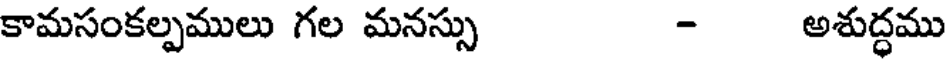
కామసంకల్పములు గల మనస్సు - అశుద్ధము